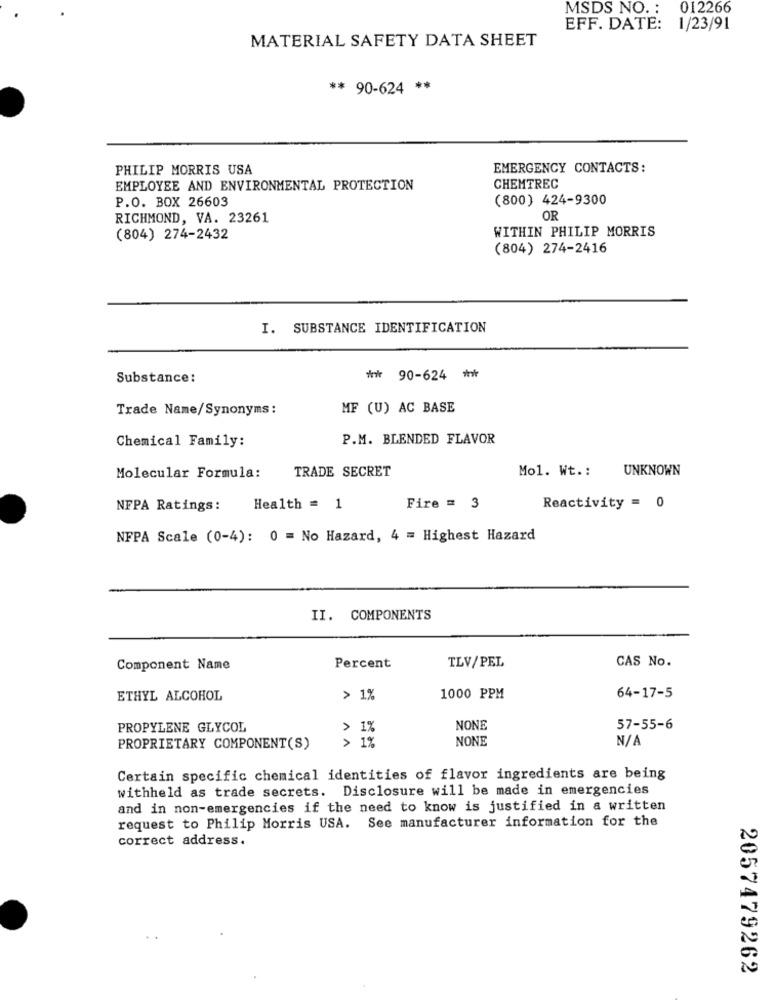
MSDS NO. :
012266
EFF. DATE:
1/23/91
MATERIAL SAFETY DATA SHEET
** 90-624 **
PHILIP MORRIS USA
EMERGENCY CONTACTS:
EMPLOYEE AND ENVIRONMENTAL PROTECTION
CHEMTREC
P.O. BOX 26603
(800) 424-9300
RICHMOND, VA. 23261
OR
WITHIN PHILIP MORRIS
(804) 274-2432
(804) 274-2416
I. SUBSTANCE IDENTIFICATION
Substance:
** 90-624 **
Trade Name/Synonyms:
MF (U) AC BASE
Chemical Family:
P.M. BLENDED FLAVOR
TRADE SECRET
Mol. Wt .:
UNKNOWN
Molecular Formula:
NFPA Ratings:
Health = 1
Fire = 3
Reactivity = 0
NFPA Scale (0-4): 0 = No Hazard, 4 = Highest Hazard
II. COMPONENTS
CAS No.
Component Name
Percent
TLV/PEL
ETHYL ALCOHOL
> 1%
1000 PPM
64-17-5
PROPYLENE GLYCOL
> 1%
NONE
57-55-6
> 1%
NONE
N/
PROPRIETARY COMPONENT(S)
Certain specific chemical identities of flavor ingredients are being
withheld as trade secrets. Disclosure will be made in emergencies
and in non-emergencies if the need to know is justified in a written
request to Philip Morris USA. See manufacturer information for the
correct address.
2057479262